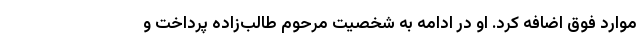
موارد فوق اضافه کرد. او در ادامه به شخصیت مرحوم طالب‌زاده پرداخت و